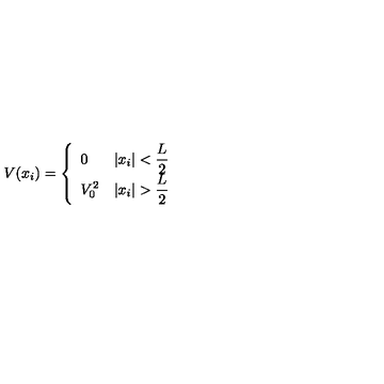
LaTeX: V ( x _ { i } ) = \left\{ \begin{array} { l l } { 0 } & { | x _ { i } | < { \displaystyle { \frac { L } { 2 } } } } \\ { V _ { 0 } ^ { 2 } } & { | x _ { i } | > { \displaystyle { \frac { L } { 2 } } } } \\ \end{array} \right.